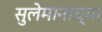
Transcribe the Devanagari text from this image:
सुलेमानाच्या